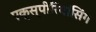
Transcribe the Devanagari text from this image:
एक्स्पीरियांसिंग